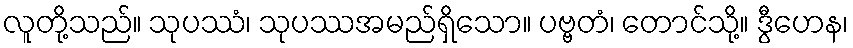
လူတို့သည်။ သုပဿံ၊ သုပဿအမည်ရှိသော။ ပဗ္ဗတံ၊ တောင်သို့။ ဒွီဟေန၊